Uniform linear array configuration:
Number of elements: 8
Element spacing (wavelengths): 1
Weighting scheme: blackman
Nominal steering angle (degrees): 45
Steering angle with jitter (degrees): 46.112
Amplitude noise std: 0.05
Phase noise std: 0.05

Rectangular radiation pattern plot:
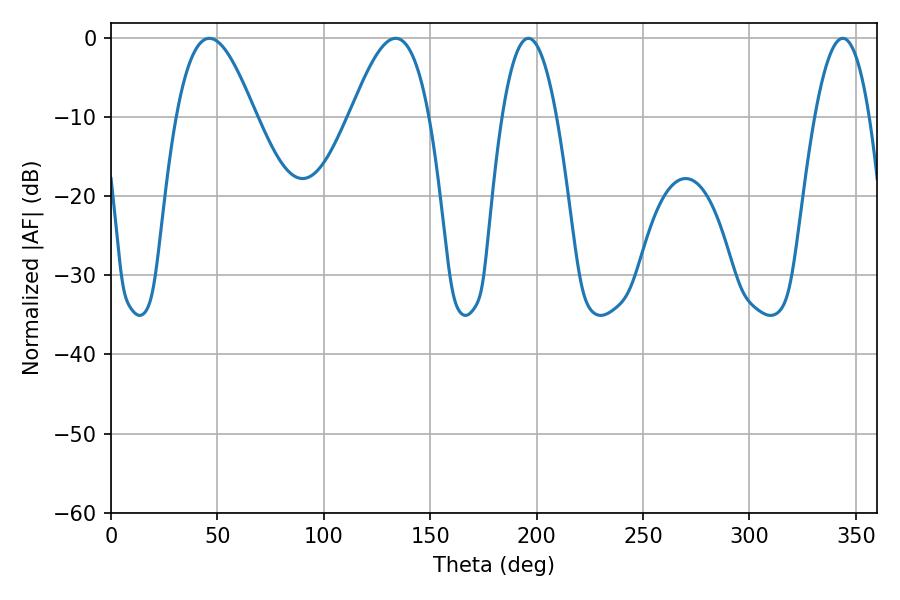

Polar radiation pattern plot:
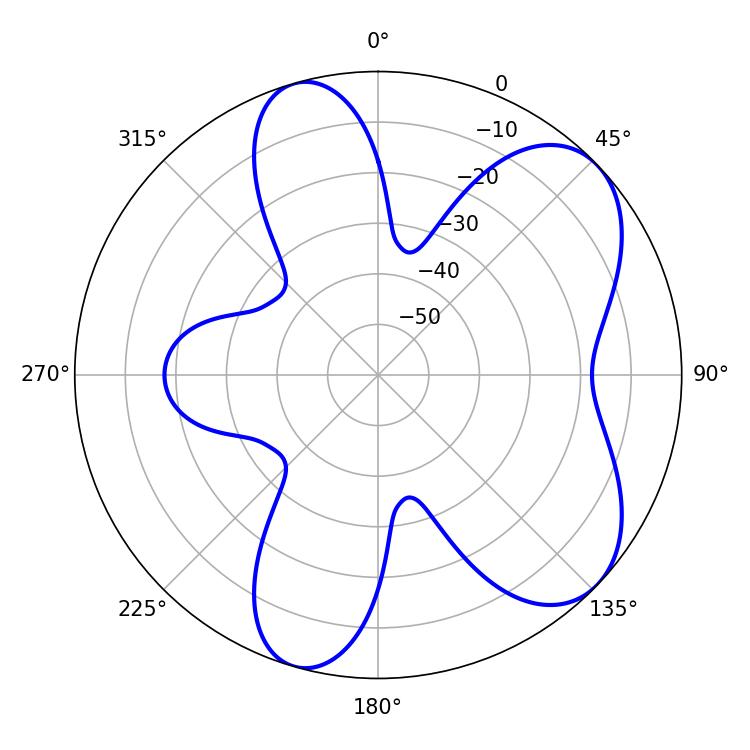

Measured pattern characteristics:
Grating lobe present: TRUE
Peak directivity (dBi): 6.785
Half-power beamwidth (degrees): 20.16
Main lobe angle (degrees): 46.26